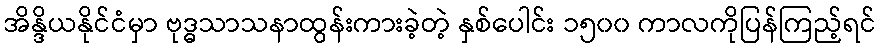
အိန္ဒိယနိုင်ငံမှာ ဗုဒ္ဓသာသနာထွန်းကားခဲ့တဲ့ နှစ်ပေါင်း ၁၅၀၀ ကာလကိုပြန်ကြည့်ရင်